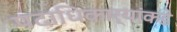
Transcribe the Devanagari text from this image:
पदाधिकार्‍यांकडे